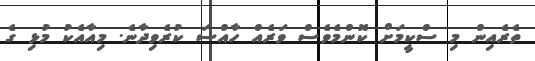
ތެރެއިން މި ސްކީމަށް ކޮންމެވެސް ވަރެއް ހާއްސަ ކުރެވިދާނެ. މިއާއެކު މުޅި ގެ